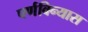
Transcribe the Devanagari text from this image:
पर्णविन्यास